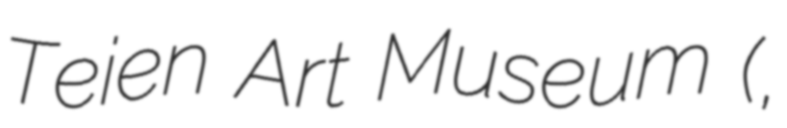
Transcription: Teien Art Museum (東京都庭園美術館,